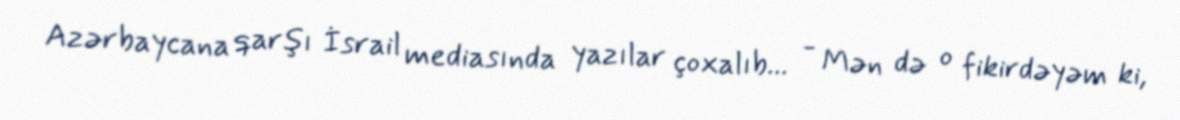
Azərbaycana qarşı İsrail mediasında yazılar çoxalıb... - Mən də o fikirdəyəm ki,